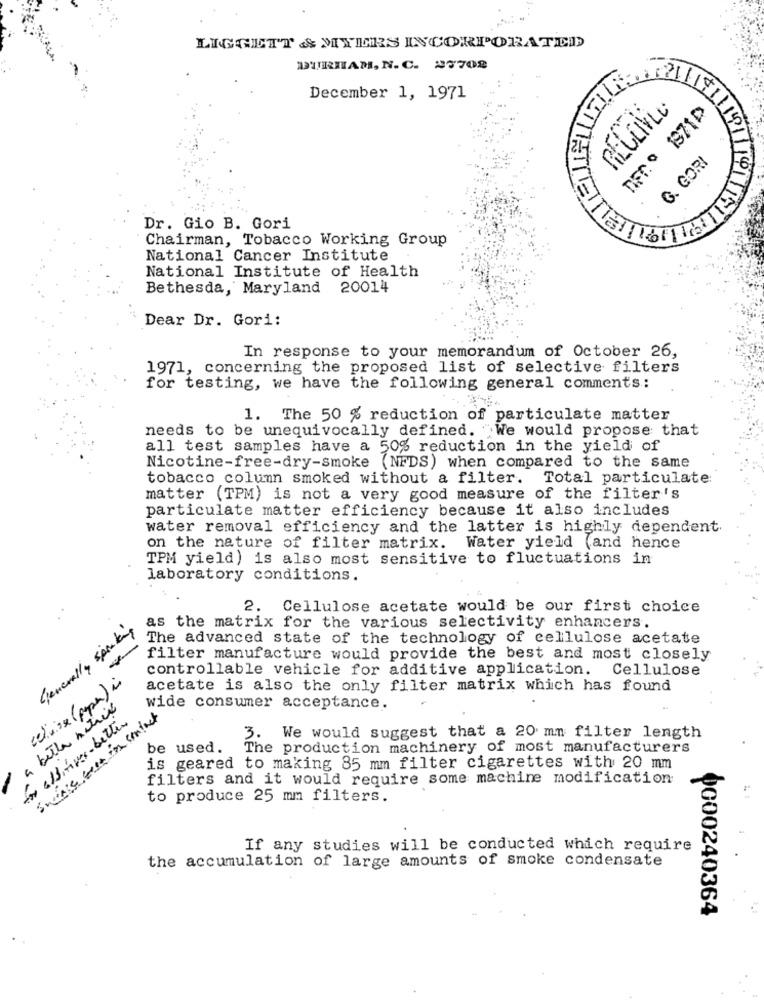
LIGGETT && MYERS INCORPORATED
DURHAM, N.C. 27708
December 1, 1971
MET
G. GORI
Dr. Gio B. Gori
Chairman, Tobacco Working Group
National Cancer Institute
National Institute of Health
Bethesda, Maryland 20014
Dear Dr. Gori:
In response to your memorandum of October 26,
1971, concerning the proposed list of selective filters
for testing, we have the following general comments:
1. The 50 % reduction of particulate matter
needs to be unequivocally defined. We would propose that
all test samples have a 50% reduction in the yield of
Nicotine-free-dry-smoke (NFDS) when compared to the same
tobacco column smoked without a filter. Total particulate:
matter (TPM) is not a very good measure of the filter's
particulate matter efficiency because it also includes
water removal efficiency and the latter is highly dependent.
on the nature of filter matrix. Water yield (and hence
TPM yield) is also most sensitive to fluctuations in
laboratory conditions.
2. Cellulose acetate would be our first choice
Generally speaking
as the matrix for the various selectivity enhancers.
The advanced state of the technology of cellulose acetate
filter manufacture would provide the best and most closely
controllable vehicle for additive application. Cellulose
celuixx (paper) in
acetate is also the only filter matrix which has found
a betta nitril
wide consumer acceptance.
-os albinives-better
Swinge test in contact
3. We would suggest that a 20 mm filter length
be used.
The production machinery of most manufacturers
is geared to making 85 mm filter cigarettes with 20 mm
filters and it would require some machine modification
to produce 25 mm filters.
If any studies will be conducted which require
the accumulation of large amounts of smoke condensate
0000240364